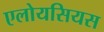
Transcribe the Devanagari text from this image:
एलोयसियस